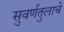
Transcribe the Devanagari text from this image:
सुवर्णतुलाचे